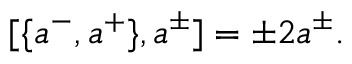
[ \{ a ^ { - } , a ^ { + } \} , a ^ { \pm } ] = \pm 2 a ^ { \pm } .